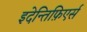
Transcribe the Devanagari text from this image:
इदेन्तिफ़िएर्स